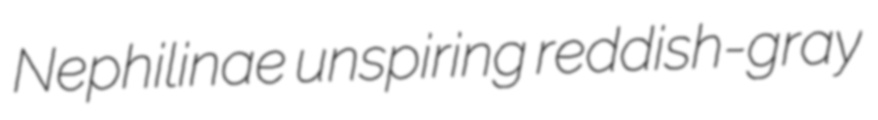
Nephilinae unspiring reddish-gray